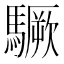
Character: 𩦒